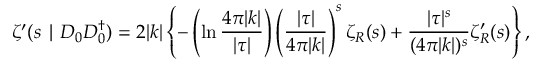
\zeta ^ { \prime } ( s \mid D _ { 0 } D _ { 0 } ^ { \dagger } ) = 2 | k | \left\{ - \left( \ln \frac { 4 \pi | k | } { | \tau | } \right) \left( \frac { | \tau | } { 4 \pi | k | } \right) ^ { s } \zeta _ { R } ( s ) + \frac { | \tau | ^ { s } } { ( 4 \pi | k | ) ^ { s } } \zeta _ { R } ^ { \prime } ( s ) \right\} ,